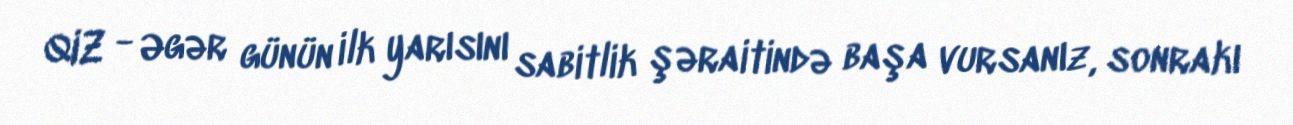
QIZ - Əgər günün ilk yarısını sabitlik şəraitində başa vursanız, sonrakı